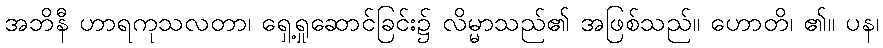
အဘိနီ ဟာရကုသလတာ၊ ရှေ့ရှုဆောင်ခြင်း၌ လိမ္မာသည်၏ အဖြစ်သည်။ ဟောတိ၊ ၏။ ပန၊